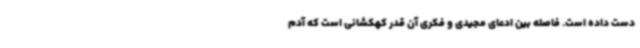
دست داده است. فاصله بین ادعای مجیدی و فکری آن قدر کهکشانی است که آدم